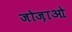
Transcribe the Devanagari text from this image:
जोज़ाओ